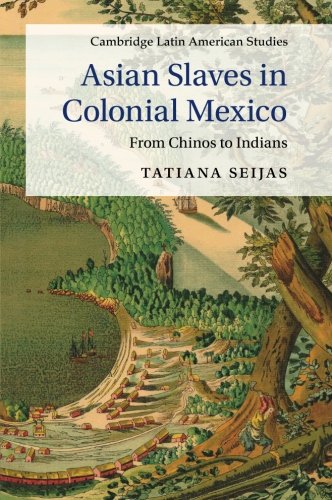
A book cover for Asian Slaves in Colonial Mexico: From Chinos to Indians (Cambridge Latin American Studies); Tatiana Seijas; History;